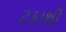
ટકાથી